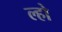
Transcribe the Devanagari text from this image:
ल्हो